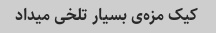
کیک مزه‌ی بسیار تلخی میداد